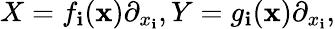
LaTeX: X=f_{\mathbf{i}}({\textbf{{x}}})\partial_{x_{\mathbf{i}}},Y=g_{\mathbf{i}}({\textbf{{x}}})\partial_{x_{\mathbf{i}}},